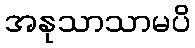
အနုသာသာမပိ